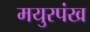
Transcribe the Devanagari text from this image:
मयुरपंख